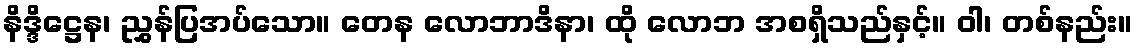
နိဒ္ဒိဋ္ဌေန၊ ညွှန်ပြအပ်သော။ တေန လောဘာဒိနာ၊ ထို လောဘ အစရှိသည်နှင့်။ ဝါ၊ တစ်နည်း။